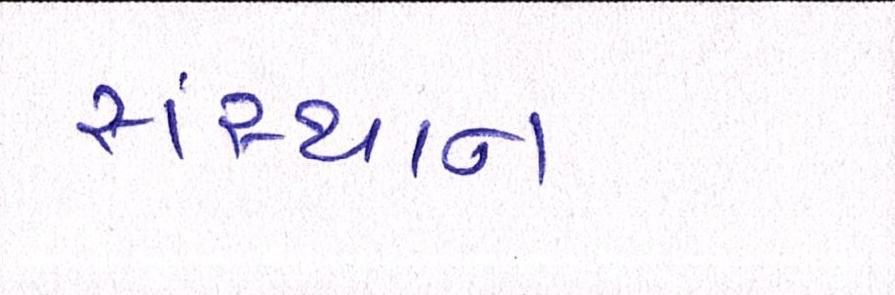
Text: સંસ્થાન